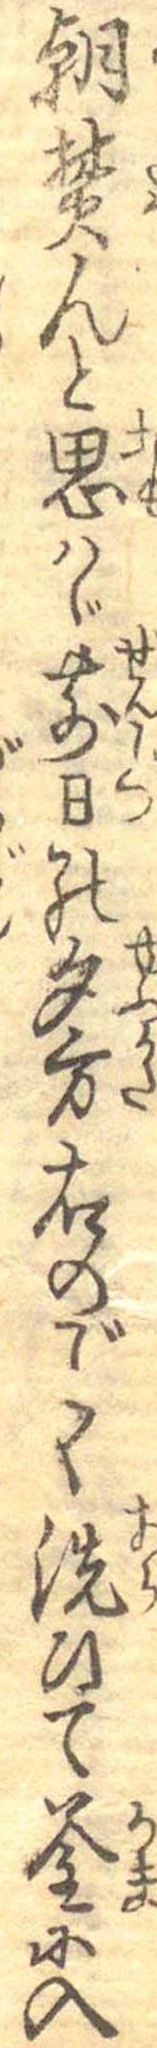
朝焚んと思はゞ前日の夕方右のごとく洗ひて釜に入